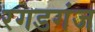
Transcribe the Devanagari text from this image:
रगडगंज